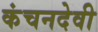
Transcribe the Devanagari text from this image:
कंचनदेवी